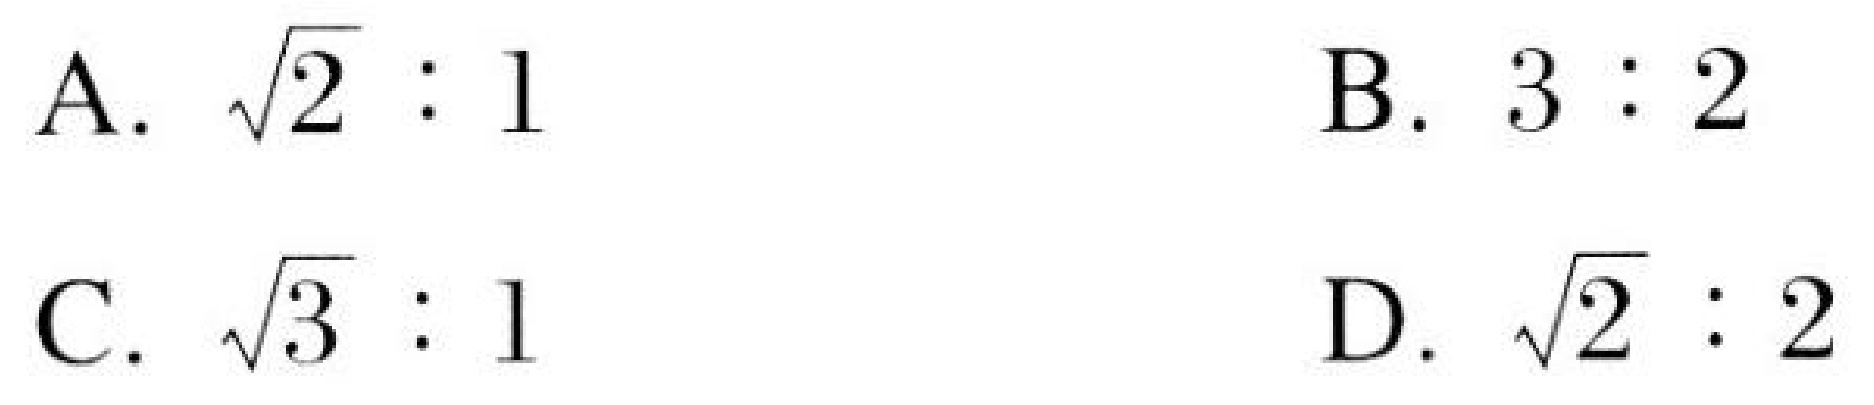
A. \(\sqrt{2}:1\)  B. \(3:2\)
C. \(\sqrt{3}:1\)  D. \(\sqrt{2}:2\)